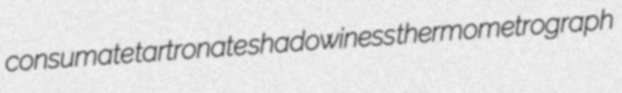
consumate tartronate shadowiness thermometrograph